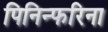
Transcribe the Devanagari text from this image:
पिनिन्फरिना